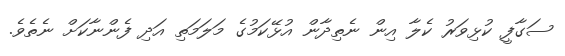
ސަގާފީ ކުޅިވަރު ކެލާ އިން ނެތިދާން އުޅޭކަމުގެ މަލަމަތި އަދި ފެންނާކަށް ނެތެވެ.